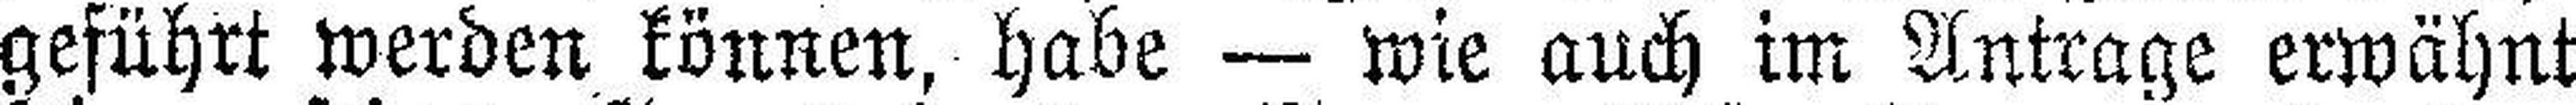
geführt werden können, habe — wie auch im Antrage erwähnt